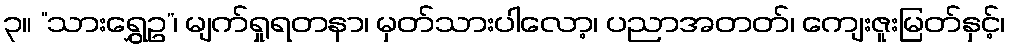
၃။ “သားရွှေဥ”၊ မျက်ရှုရတနာ၊ မှတ်သားပါလော့၊ ပညာအတတ်၊ ကျေးဇူးမြတ်နှင့်၊